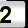
Digit: 2